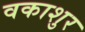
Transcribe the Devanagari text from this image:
वकाशुर